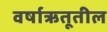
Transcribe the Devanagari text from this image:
वर्षाऋतूतील